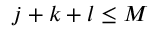
j + k + l \le M